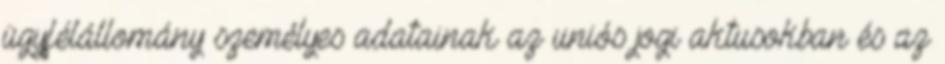
ügyfélállomány személyes adatainak az uniós jogi aktusokban és az